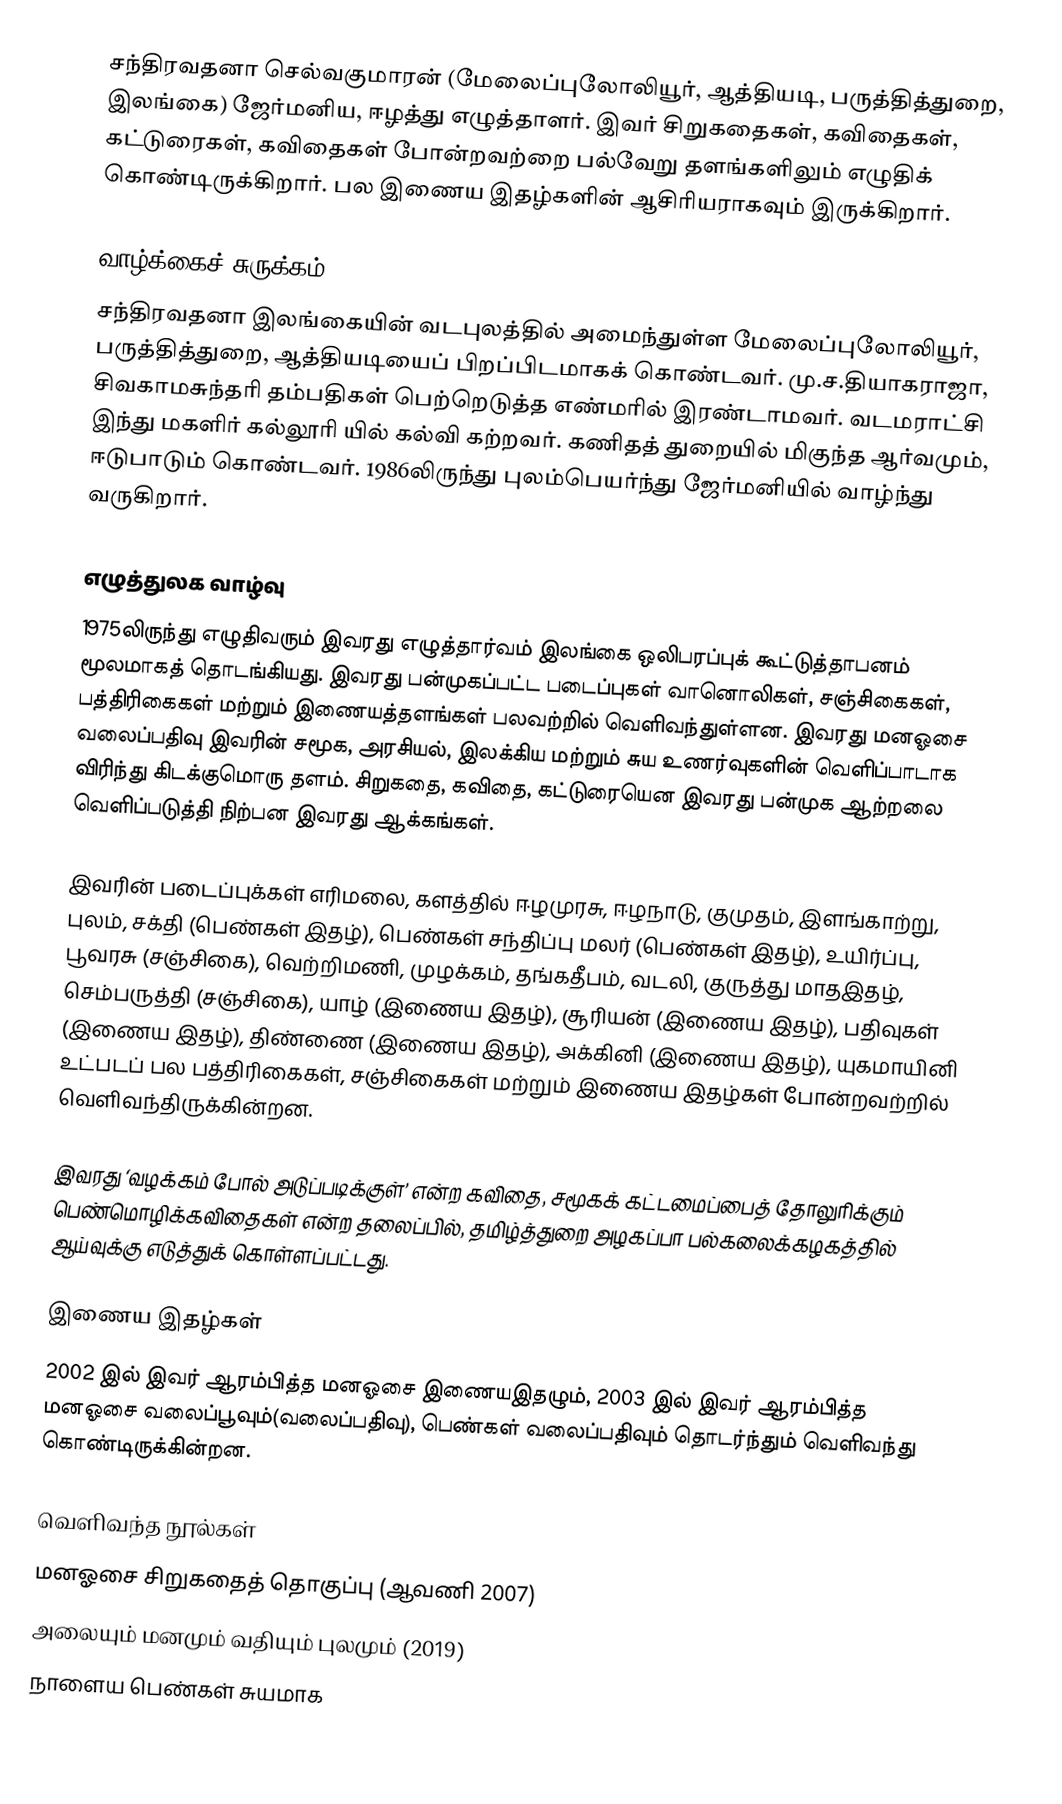
சந்திரவதனா செல்வகுமாரன் (மேலைப்புலோலியூர், ஆத்தியடி, பருத்தித்துறை, இலங்கை) ஜேர்மனிய, ஈழத்து எழுத்தாளர்.  இவர் சிறுகதைகள், கவிதைகள், கட்டுரைகள், கவிதைகள் போன்றவற்றை பல்வேறு தளங்களிலும் எழுதிக் கொண்டிருக்கிறார். பல இணைய இதழ்களின் ஆசிரியராகவும் இருக்கிறார்.

வாழ்க்கைச் சுருக்கம்
சந்திரவதனா இலங்கையின் வடபுலத்தில் அமைந்துள்ள மேலைப்புலோலியூர், பருத்தித்துறை, ஆத்தியடியைப் பிறப்பிடமாகக் கொண்டவர். மு.ச.தியாகராஜா, சிவகாமசுந்தரி தம்பதிகள் பெற்றெடுத்த எண்மரில் இரண்டாமவர். வடமராட்சி இந்து மகளிர் கல்லூரி யில் கல்வி கற்றவர். கணிதத் துறையில் மிகுந்த ஆர்வமும், ஈடுபாடும் கொண்டவர். 1986லிருந்து புலம்பெயர்ந்து ஜேர்மனியில் வாழ்ந்து வருகிறார்.

எழுத்துலக வாழ்வு
1975லிருந்து எழுதிவரும் இவரது எழுத்தார்வம் இலங்கை ஒலிபரப்புக் கூட்டுத்தாபனம் மூலமாகத் தொடங்கியது. இவரது பன்முகப்பட்ட படைப்புகள் வானொலிகள், சஞ்சிகைகள், பத்திரிகைகள் மற்றும் இணையத்தளங்கள் பலவற்றில் வெளிவந்துள்ளன. இவரது மனஓசை வலைப்பதிவு இவரின் சமூக, அரசியல், இலக்கிய மற்றும் சுய உணர்வுகளின் வெளிப்பாடாக விரிந்து கிடக்குமொரு தளம். சிறுகதை, கவிதை, கட்டுரையென இவரது பன்முக ஆற்றலை வெளிப்படுத்தி நிற்பன இவரது ஆக்கங்கள்.

இவரின் படைப்புக்கள் எரிமலை, களத்தில்  ஈழமுரசு, ஈழநாடு, குமுதம், இளங்காற்று, புலம், சக்தி (பெண்கள் இதழ்), பெண்கள் சந்திப்பு மலர் (பெண்கள் இதழ்), உயிர்ப்பு, பூவரசு (சஞ்சிகை), வெற்றிமணி, முழக்கம், தங்கதீபம், வடலி, குருத்து மாதஇதழ், செம்பருத்தி (சஞ்சிகை), யாழ் (இணைய இதழ்),  சூரியன் (இணைய இதழ்), பதிவுகள் (இணைய இதழ்), திண்ணை (இணைய இதழ்), அக்கினி (இணைய இதழ்), யுகமாயினி உட்படப் பல பத்திரிகைகள், சஞ்சிகைகள் மற்றும் இணைய இதழ்கள் போன்றவற்றில் வெளிவந்திருக்கின்றன.

இவரது ‘வழக்கம் போல் அடுப்படிக்குள்’ என்ற கவிதை, சமூகக் கட்டமைப்பைத் தோலுரிக்கும் பெண்மொழிக்கவிதைகள் என்ற தலைப்பில், தமிழ்த்துறை அழகப்பா பல்கலைக்கழகத்தில் ஆய்வுக்கு எடுத்துக் கொள்ளப்பட்டது.

இணைய இதழ்கள்
2002 இல் இவர் ஆரம்பித்த மனஓசை இணையஇதழும், 2003 இல் இவர் ஆரம்பித்த மனஓசை வலைப்பூவும்(வலைப்பதிவு), பெண்கள் வலைப்பதிவும் தொடர்ந்தும் வெளிவந்து கொண்டிருக்கின்றன.

வெளிவந்த நூல்கள்
 மனஓசை  சிறுகதைத் தொகுப்பு (ஆவணி 2007)
 அலையும் மனமும் வதியும் புலமும் (2019)
 நாளைய பெண்கள் சுயமாக